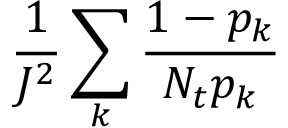
\frac { 1 } { J ^ { 2 } } \sum _ { k } { \frac { 1 - p _ { k } } { N _ { t } p _ { k } } }